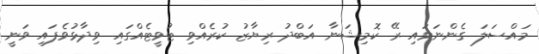
މައްސަލަ ގެންނަވައި ރޭ ކޮމިޝަނާ އަބްދު ރިޔާޒު ކުރެއްވި ޓުވީޓެއްގައި ވިދާޅުވެފައި ވަނީ